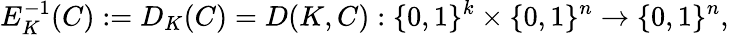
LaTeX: E_{K}^{-1}(C):=D_{K}(C)=D(K,C):\{ 0,1\} ^{k}\times\{ 0,1\} ^{n}\rightarrow\{ 0,1\} ^{n},